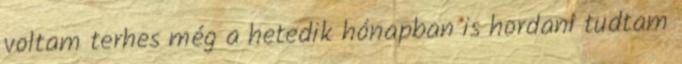
voltam terhes még a hetedik hónapban is hordani tudtam